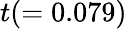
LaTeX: t(=0.079)